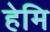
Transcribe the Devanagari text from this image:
हेमि